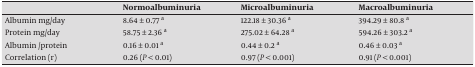
|  | Normoalbuminuria | Microalbuminuria | Macroalbuminuria |
 | --- | --- | --- | --- |
 | Albumin mg/day | 8.64 ± 0.77 a | 122.18 ± 30.36 a | 394.29 ± 80.8 a |
 | Protein mg/day | 58.75 ± 2.36 a | 275.02 ± 64.28 a | 594.26 ± 303.2 a |
 | Albumin/protein | 0.16 ± 0.01 a | 0.44 ± 0.2 a | 0.46 ± 0.03 a |
 | Correlation (r) | 0.26 (P < 0.01) | 0.97 (P < 0.001) | 0.91 (P < 0.001) |